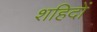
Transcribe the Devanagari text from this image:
शहिदों